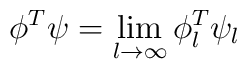
\phi^T\psi=\lim_{l\to\infty} \phi_l^T\psi_l